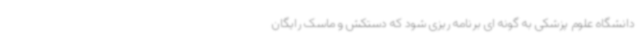
دانشگاه علوم پزشکی به گونه ای برنامه ریزی شود که دستکش و ماسک رایگان